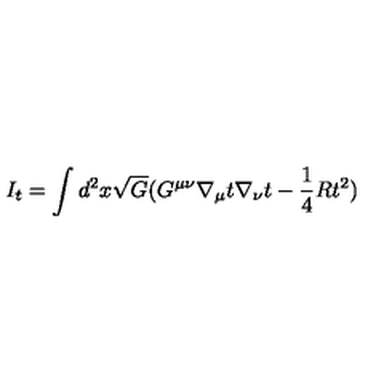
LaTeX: I _ { t } = \int d ^ { 2 } x \sqrt { G } ( G ^ { \mu \nu } \nabla _ { \mu } t \nabla _ { \nu } t - \frac { 1 } { 4 } R t ^ { 2 } )